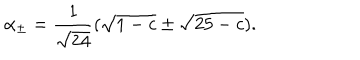
\alpha _ { \pm } = \frac { 1 } { \sqrt { 2 4 } } ( \sqrt { 1 - c } \pm \sqrt { 2 5 - c } ) .